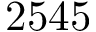
2 5 4 5